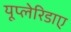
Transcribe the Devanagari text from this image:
यूप्लेरिडाए